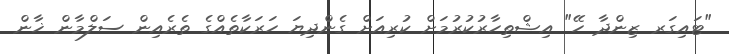
"ޓައިގަރ ޒިންދާ ހޭ" އިޝްތިހާރުކުރުމަށް ކުރިއަށް ގެންދިޔަ ހަރަކާތެއްގެ ތެރެއިން ސަލްމާން ޚާން